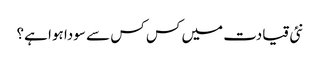
نئی قیادت میں کس کس سے سودا ہوا ہے؟